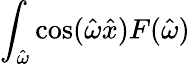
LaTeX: \int_{\hat{\omega}}\cos(\hat{\omega}\hat{x})F(\hat{\omega})